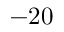
- 2 0